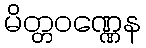
မိတ္တဝဏ္ဏေန